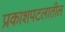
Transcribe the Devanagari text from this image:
प्रकाशपटलातील